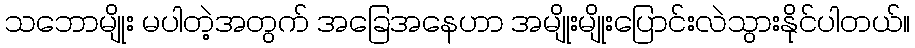
သဘောမျိုး မပါတဲ့အတွက် အခြေအနေဟာ အမျိုးမျိုးပြောင်းလဲသွားနိုင်ပါတယ်။